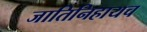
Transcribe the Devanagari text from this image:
जातिनिहायच